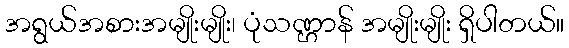
အရွယ်အစားအမျိုးမျိုး၊ ပုံသဏ္ဌာန် အမျိုးမျိုး ရှိပါတယ်။